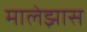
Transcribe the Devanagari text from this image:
मालेझास